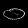
Digit: ၀